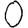
Digit: 0